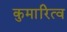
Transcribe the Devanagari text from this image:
कुमारित्व